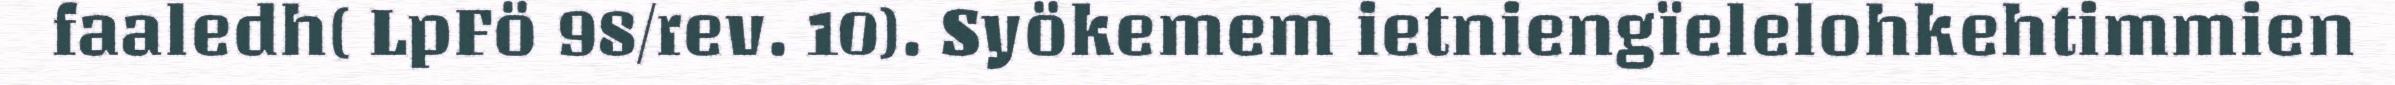
faaledh( LpFö 98/rev. 10). Syökemem ietniengïelelohkehtimmien